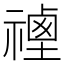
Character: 𥛡